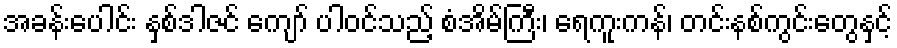
အခန်းပေါင်း နှစ်ဒါဇင် ကျော် ပါဝင်သည့် စံအိမ်ကြီး၊ ရေကူးကန်၊ တင်းနစ်ကွင်းတွေနှင့်